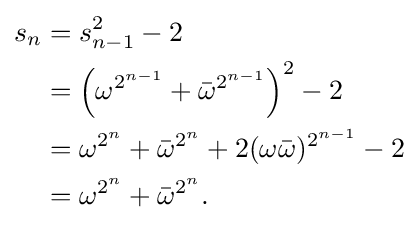
{\begin{aligned}s_{n}&=s_{n-1}^{2}-2\\&=\left(\omega ^{2^{n-1}}+{\bar {\omega }}^{2^{n-1}}\right)^{2}-2\\&=\omega ^{2^{n}}+{\bar {\omega }}^{2^{n}}+2(\omega {\bar {\omega }})^{2^{n-1}}-2\\&=\omega ^{2^{n}}+{\bar {\omega }}^{2^{n}}.\end{aligned}}